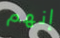
إنهم